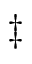
{ \ddag }